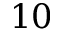
1 0